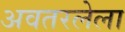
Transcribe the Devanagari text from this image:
अवतरलेला